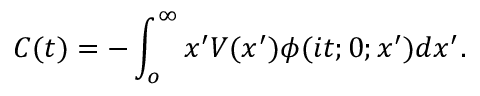
C ( t ) = - \int _ { o } ^ { \infty } x ^ { \prime } V ( x ^ { \prime } ) \phi ( i t ; 0 ; x ^ { \prime } ) d x ^ { \prime } .